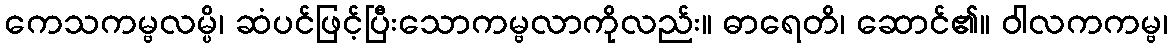
ကေသကမ္ဗလမ္ပိ၊ ဆံပင်ဖြင့်ပြီးသောကမ္ဗလာကိုလည်း။ ဓာရေတိ၊ ဆောင်၏။ ဝါလကကမ္ဗ၊